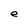
Character: e